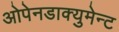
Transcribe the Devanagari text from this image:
ओपेनडाक्युमेन्ट